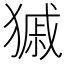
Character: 𤠽